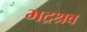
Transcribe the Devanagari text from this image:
भद्रश्रव